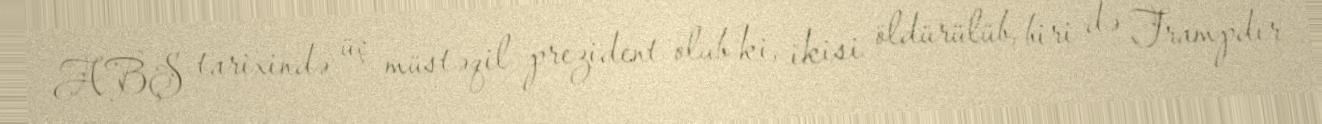
ABŞ tarixində üç müstəqil prezident olub ki, ikisi öldürülüb, biri də Trampdır